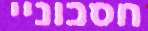
חסכוניי